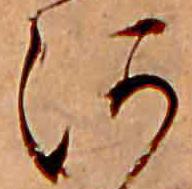
河